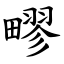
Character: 疁